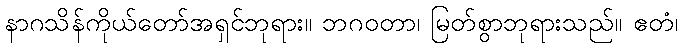
နာဂသိန်ကိုယ်တော်အရှင်ဘုရား။ ဘဂဝတာ၊ မြတ်စွာဘုရားသည်။ ဧတံ၊